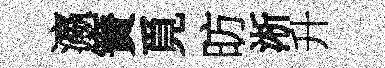
瀛簀覓昉淅升